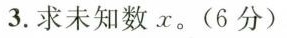
3.求未知数x。(6分)